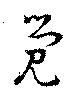
覚